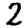
Digit: 2